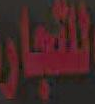
التجار